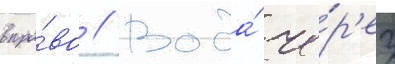
впра́во // Вода́ че́р'ез